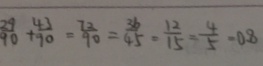
\frac { 2 9 } { 9 0 } + \frac { 4 3 } { 9 0 } = \frac { 7 2 } { 9 0 } = \frac { 3 6 } { 4 5 } = \frac { 1 2 } { 1 5 } = \frac { 4 } { 5 } = 0 . 8